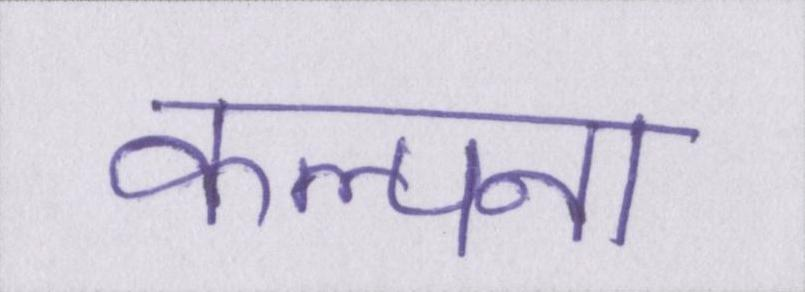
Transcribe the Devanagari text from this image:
कल्पना